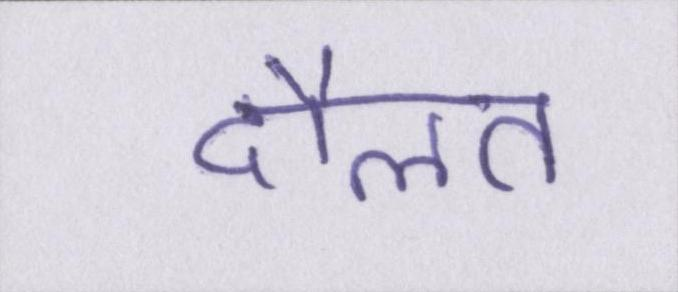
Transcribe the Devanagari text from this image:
दौलत